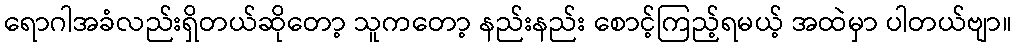
ရောဂါအခံလည်းရှိတယ်ဆိုတော့ သူကတော့ နည်းနည်း စောင့်ကြည့်ရမယ့် အထဲမှာ ပါတယ်ဗျာ။